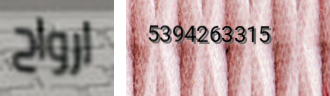
ارواح 5394263315